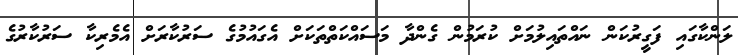
ލަންކާގައި ފަގީރުކަން ނައްތައިލުމަށް ކުރަމުން ގެންދާ މަސައްކަތްތަކަށް އެގައުމުގެ ސަރުކާރަށް އެމެރިކާ ސަރުކާރުގެ